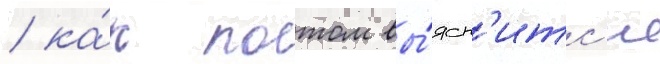
/ ка́к потом вы́ясн'итс'я